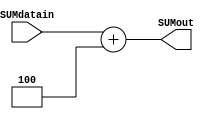
/* module sum (
    input wire clk,          // Seal de reloj
    input wire reset,        // Seal de reinicio
    input wire [31:0] SUMdatain, // Entrada de datos desde el ProgramCounter
    output reg [31:0] SUMout // Salida de la suma
);

reg [31:0] constant_value = 32'b00000000000000000000000000000100; // Valor constante que deseas sumar

always @(negedge clk or negedge reset) begin
    if (reset) begin
        SUMout <= 32'b0; // Reinicia la salida en 0 cuando se active el reset
    end 
    else begin
        SUMout <= SUMdatain + constant_value; // Suma SUMdatain y el valor constante
    end
end

endmodule */
module sum (
    input wire [31:0] SUMdatain, // Entrada de datos desde el ProgramCounter
    output reg [31:0] SUMout // Salida de la suma
);

reg [31:0] constant_value = 32'b00000000000000000000000000000100; // Valor constante que deseas sumar

always @* begin
    begin
        SUMout <= SUMdatain + constant_value; // Suma SUMdatain y el valor constante
    end
end

endmodule